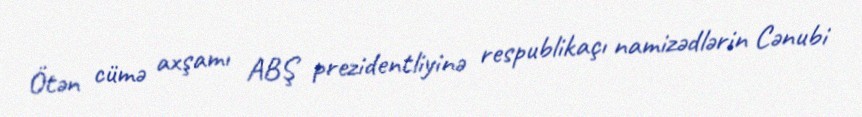
Ötən cümə axşamı ABŞ prezidentliyinə respublikaçı namizədlərin Cənubi